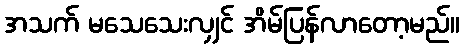
အသက် မသေသေးလျှင် အိမ်ပြန်လာတော့မည်။